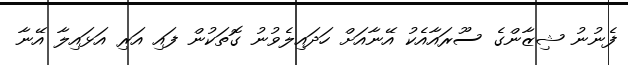
ފެނުނު ޝިޒާންގެ ސޫރައާއެކު އޭނާއަށް ހަދައިލެވުނު ގޮތަކުން ފައި އަރި އަޅައިލާ އޭނާ